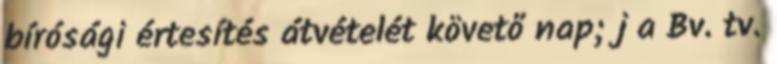
bírósági értesítés átvételét követő nap; j a Bv. tv.